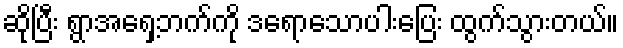
ဆိုပြီး ရွာအရှေ့ဘက်ကို ဒရောသောပါးပြေး ထွက်သွားတယ်။